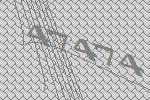
47474